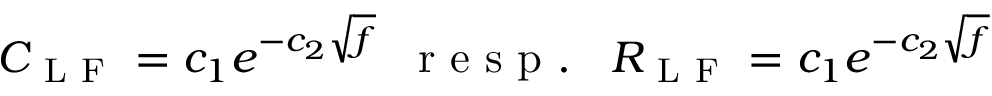
\begin{array} { r } { C _ { \mathrm { ~ L ~ F ~ } } = c _ { 1 } e ^ { - c _ { 2 } \sqrt { f } } \; \; \mathrm { ~ r ~ e ~ s ~ p ~ . ~ } \; \; R _ { \mathrm { ~ L ~ F ~ } } = c _ { 1 } e ^ { - c _ { 2 } \sqrt { f } } } \end{array}